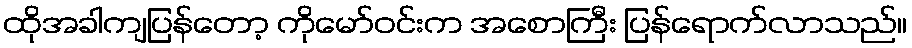
ထိုအခါကျပြန်တော့ ကိုမော်ဝင်းက အစောကြီး ပြန်ရောက်လာသည်။